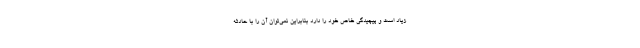
زیاد است و پیچیدگی خاص خود را دارد بنابراین نمی‌توان آن را با حادثه